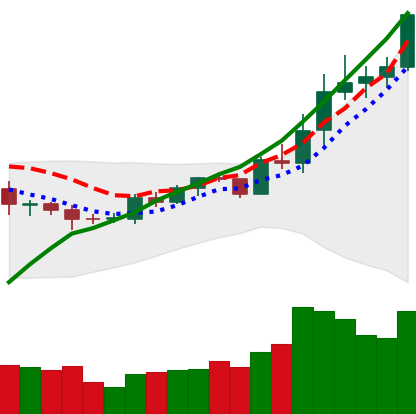
Ticker: EOS-USD
Chart end date: 2020-08-01
Forward return: -6.077%
Label: down_5_7